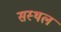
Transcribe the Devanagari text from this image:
सस्थल